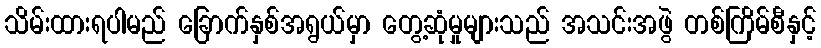
သိမ်းထားရပါမည် ခြောက်နှစ်အရွယ်မှာ တွေ့ဆုံမှုများသည် အသင်းအဖွဲ တစ်ကြိမ်စီနှင့်